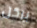
بركل